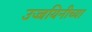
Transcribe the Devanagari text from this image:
उज्जयिनीच्या